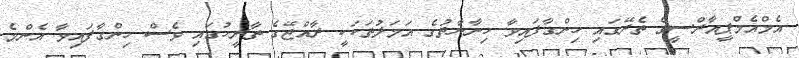
އެމްއެމްޕީއާރްސީގެ ތެރޭގައި ހިންގާފައިވާ ހިނާޔާތުގެ އަމަލުތަަކަކީ ރާއްޖޭގެ ތާރީހުގައި ވެސް ހިންގާފައިވާ އެންމެ